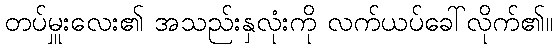
တပ်မှူးလေး၏ အသည်းနှလုံးကို လက်ယပ်ခေါ်လိုက်၏။